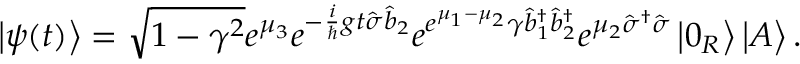
\left\vert \psi ( t ) \right\rangle = \sqrt { 1 - \gamma ^ { 2 } } e ^ { \mu _ { 3 } } e ^ { - \frac { i } { \hslash } g t \hat { \sigma } \hat { b } _ { 2 } } e ^ { e ^ { \mu _ { 1 } - \mu _ { 2 } } \gamma \hat { b } _ { 1 } ^ { \dagger } \hat { b } _ { 2 } ^ { \dagger } } e ^ { \mu _ { 2 } \hat { \sigma } ^ { \dagger } \hat { \sigma } } \left\vert 0 _ { R } \right\rangle \left\vert A \right\rangle .